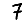
Digit: 7